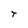
Character: T